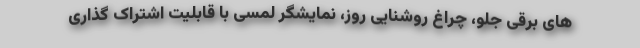
های برقی جلو، چراغ روشنایی روز، نمایشگر لمسی با قابلیت اشتراک گذاری